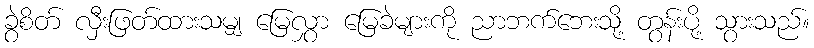
ခွဲစိတ် လှီးဖြတ်ထားသမျှ မြေလွှာ မြေခဲများကို ညာဘက်ဘေးသို့ တွန်းပို့ သွားသည်။